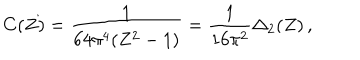
LaTeX: C ( Z ) = { \frac { 1 } { 6 4 \pi ^ { 4 } ( Z ^ { 2 } - 1 ) } } = { \frac { 1 } { 1 6 \pi ^ { 2 } } } \Delta _ { 2 } ( Z ) \, ,